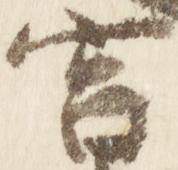
宮